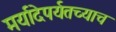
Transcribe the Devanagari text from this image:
मर्यादेपर्यतच्याच